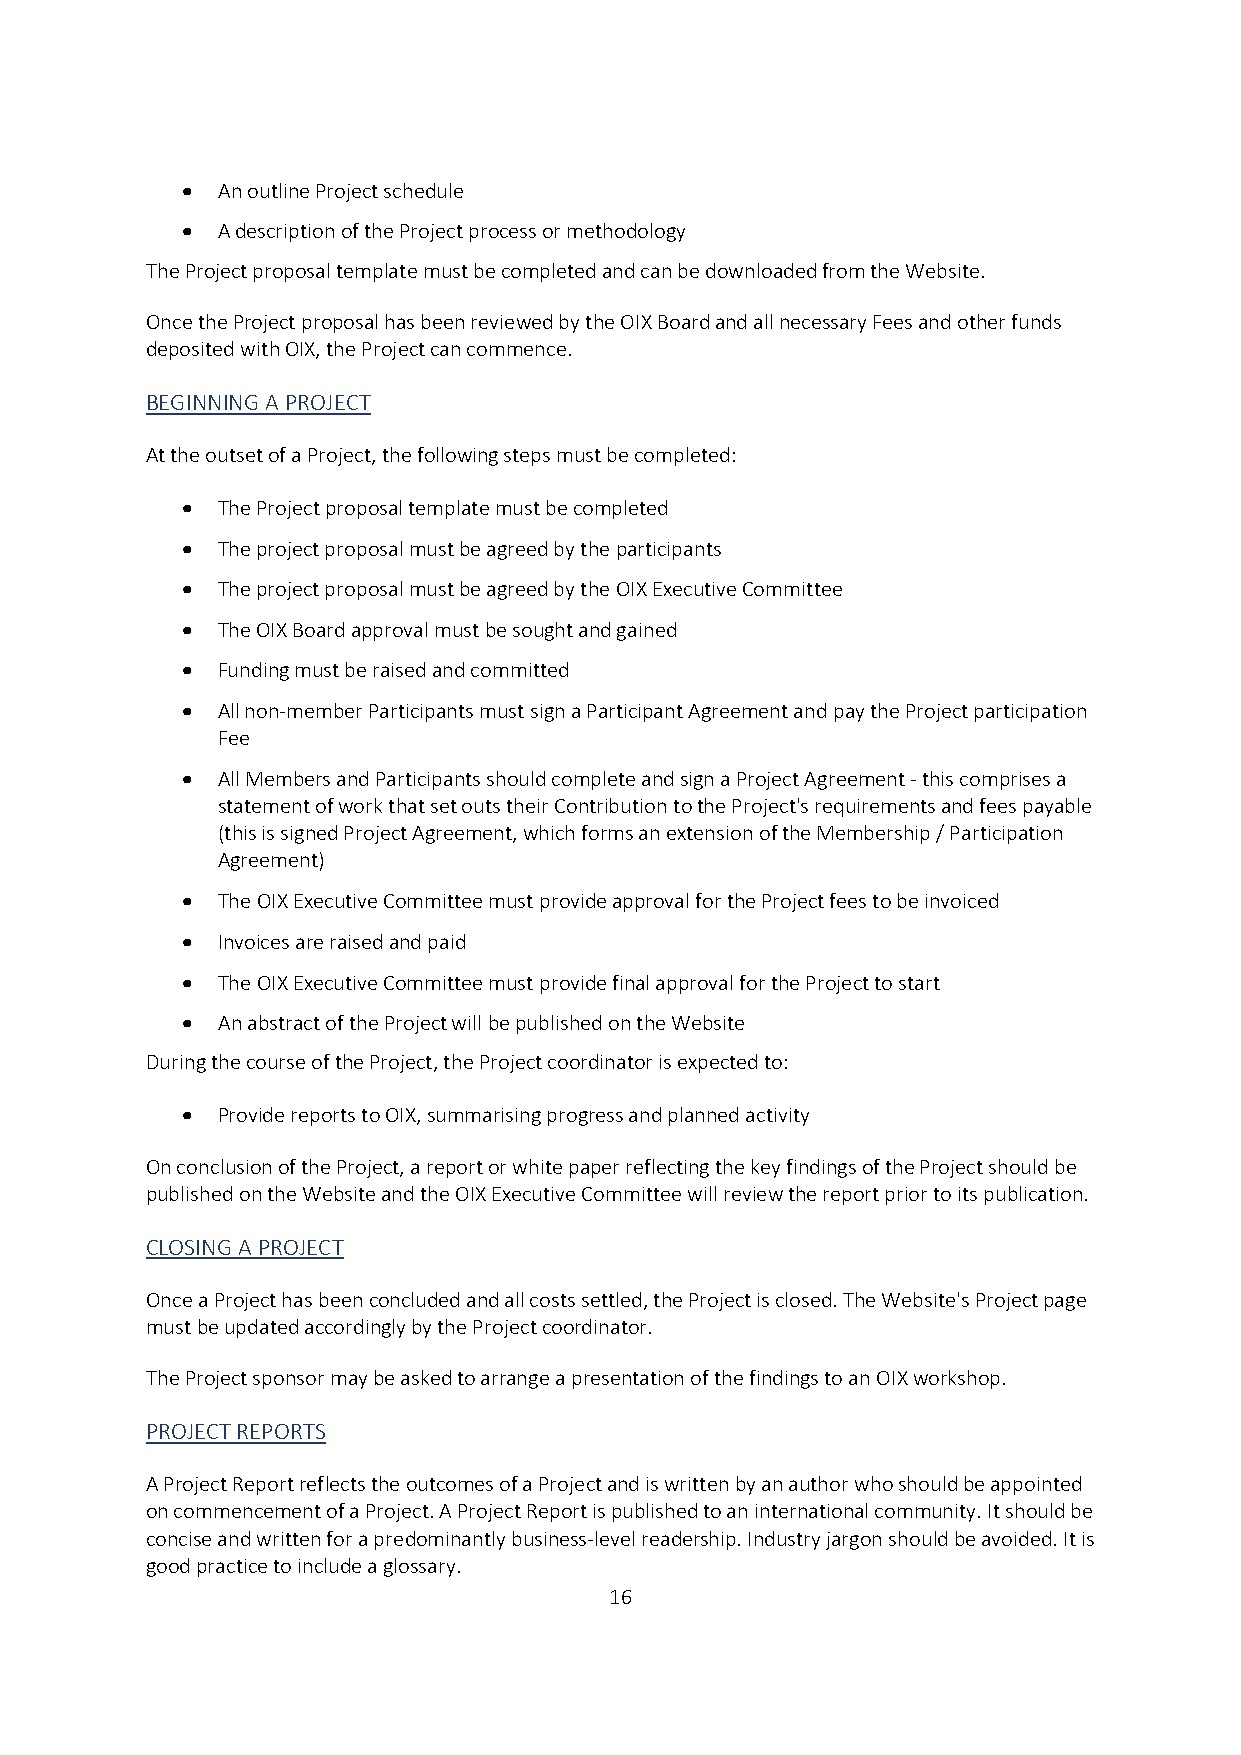
 An outline Project schedule
  A description of the Project process or methodology
 The Project proposal template must be completed and can be downloaded from the Website.
 Once the Project proposal has been reviewed by the OIX Board and all necessary Fees and other funds
 deposited with OIX, the Project can commence.
 BEGINNING A PROJECT
 At the outset of a Project, the following steps must be completed:
  The Project proposal template must be completed
  The project proposal must be agreed by the participants
  The project proposal must be agreed by the OIX Executive Committee
  The OIX Board approval must be sought and gained
  Funding must be raised and committed
  All non-member Participants must sign a Participant Agreement and pay the Project participation
 Fee
  All Members and Participants should complete and sign a Project Agreement - this comprises a
 statement of work that set outs their Contribution to the Project's requirements and fees payable
 (this is signed Project Agreement, which forms an extension of the Membership / Participation
 Agreement)
  The OIX Executive Committee must provide approval for the Project fees to be invoiced
  Invoices are raised and paid
  The OIX Executive Committee must provide final approval for the Project to start
  An abstract of the Project will be published on the Website
 During the course of the Project, the Project coordinator is expected to:
  Provide reports to OIX, summarising progress and planned activity
 On conclusion of the Project, a report or white paper reflecting the key findings of the Project should be
 published on the Website and the OIX Executive Committee will review the report prior to its publication.
 CLOSING A PROJECT
 Once a Project has been concluded and all costs settled, the Project is closed. The Website's Project page
 must be updated accordingly by the Project coordinator.
 The Project sponsor may be asked to arrange a presentation of the findings to an OIX workshop.
 PROJECT REPORTS
 A Project Report reflects the outcomes of a Project and is written by an author who should be appointed
 on commencement of a Project. A Project Report is published to an international community. It should be
 concise and written for a predominantly business-level readership. Industry jargon should be avoided. It is
 good practice to include a glossary.
 16